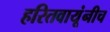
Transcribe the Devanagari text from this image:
हरितवायूंनीच